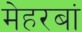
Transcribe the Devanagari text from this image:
मेहरबां